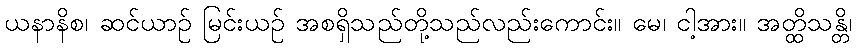
ယနာနိစ၊ ဆင်ယာဉ် မြင်းယဉ် အစရှိသည်တို့သည်လည်းကောင်း။ မေ၊ ငါ့အား။ အတ္ထိသန္တိ၊